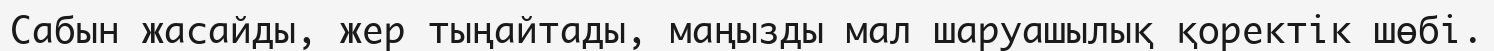
Сабын жасайды, жер тыңайтады, маңызды мал шаруашылық қоректік шөбі.